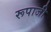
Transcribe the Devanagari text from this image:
रूपाजी